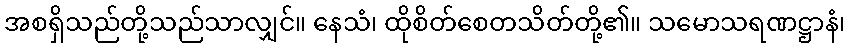
အစရှိသည်တို့သည်သာလျှင်။ နေသံ၊ ထိုစိတ်စေတသိတ်တို့၏။ သမောသရဏဋ္ဌာနံ၊